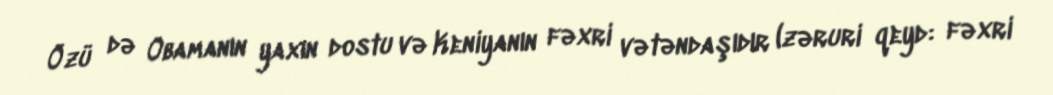
Özü də Obamanın yaxın dostu və Keniyanın fəxri vətəndaşıdır (zəruri qeyd: fəxri